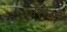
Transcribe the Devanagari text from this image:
कुर्सियो